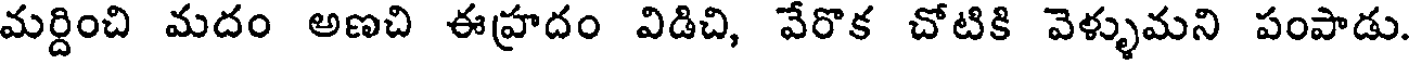
మర్దించి మదం అణచి ఈహ్రదం విడిచి, వేరొక చోటికి వెళ్ళుమని పంపాడు.